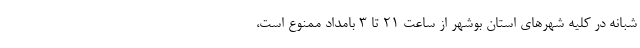
شبانه در کلیه شهرهای استان بوشهر از ساعت ۲۱ تا ۳ بامداد ممنوع است،